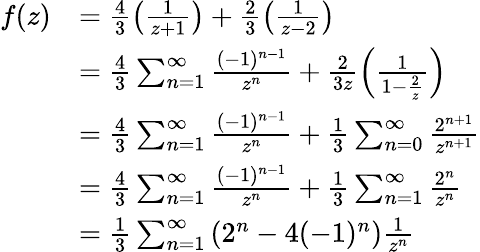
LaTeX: \begin{array}{rl}{f(z)}&{=\frac{4}{3}\left(\frac{1}{z+1}\right)+\frac{2}{3}\left(\frac{1}{z-2}\right)}\\ &{=\frac{4}{3}\sum_{n=1}^{\infty}\frac{(-1)^{n-1}}{z^{n}}+\frac{2}{3z}\left(\frac{1}{1-\frac{2}{z}}\right)}\\ &{=\frac{4}{3}\sum_{n=1}^{\infty}\frac{(-1)^{n-1}}{z^{n}}+\frac{1}{3}\sum_{n=0}^{\infty}\frac{2^{n+1}}{z^{n+1}}}\\ &{=\frac{4}{3}\sum_{n=1}^{\infty}\frac{(-1)^{n-1}}{z^{n}}+\frac{1}{3}\sum_{n=1}^{\infty}\frac{2^{n}}{z^{n}}}\\ &{=\frac{1}{3}\sum_{n=1}^{\infty}\left(2^{n}-4(-1)^{n}\right)\frac{1}{z^{n}}}\end{array}